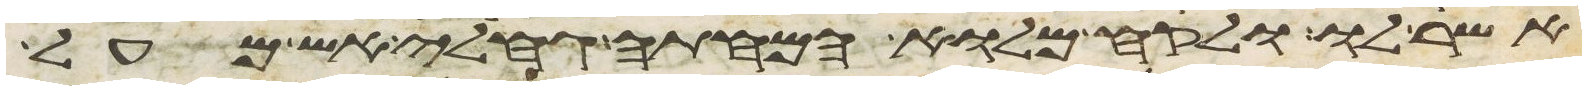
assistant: אשר לו ולקח מלוא המחתה גחלי אש מעל